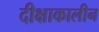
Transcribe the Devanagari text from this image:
दीक्षाकालीन